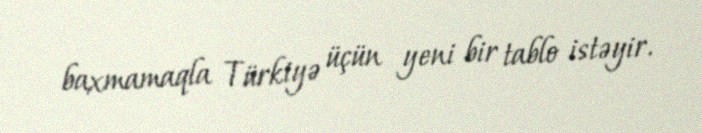
baxmamaqla Türkiyə üçün yeni bir tablo istəyir.